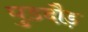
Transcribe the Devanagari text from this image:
घुडदौड़